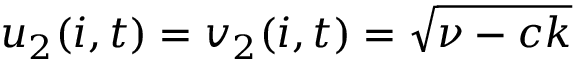
u _ { 2 } ( i , t ) = v _ { 2 } ( i , t ) = \sqrt { \nu - c k }